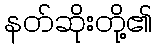
နတ်ဆိုးတို့၏